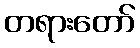
တရားတော်